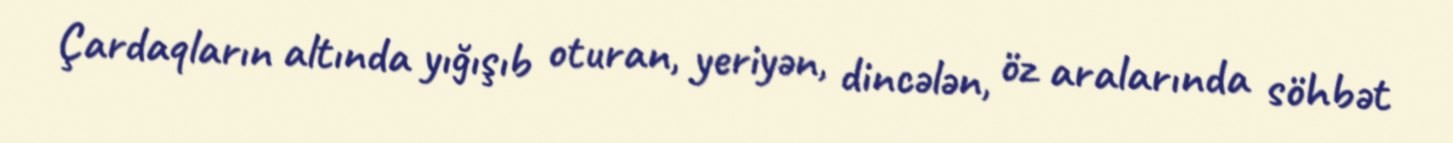
Çardaqların altında yığışıb oturan, yeriyən, dincələn, öz aralarında söhbət